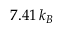
7 . 4 1 \, k _ { B }